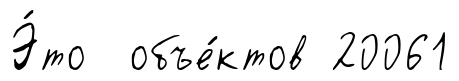
Э́то объе́ктов 20061